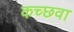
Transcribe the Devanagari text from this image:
कच्छवा